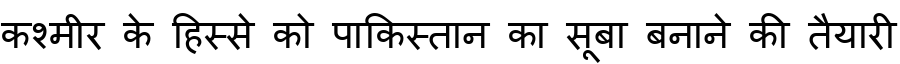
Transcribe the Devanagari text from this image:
कश्मीर के हिस्से को पाकिस्तान का सूबा बनाने की तैयारी